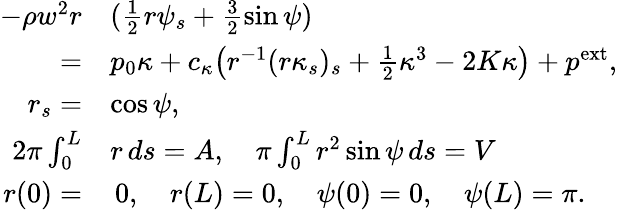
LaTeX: \begin{array}{rl}{-\rho w^{2}r}&{(\frac{1}2r\psi_{s}+\frac 32\sin\psi)}\\ {=}&{p_{0}\kappa+c_{\kappa}\big(r^{-1}(r\kappa_{s})_{s}+\frac 12\kappa^{3}-2K\kappa\big)+p^{\mathrm{ext}},}\\ {r_{s}=}&{\cos\psi,}\\ {2\pi\int_{0}^{L}}&{r\, ds=A,\quad\pi\int_{0}^{L}r^{2}\sin\psi\, ds=V}\\ {r(0)=}&{\, 0,\quad r(L)=0,\quad\psi(0)=0,\quad\psi(L)=\pi.}\end{array}